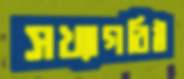
সখ্যাগরিষ্ঠ